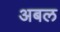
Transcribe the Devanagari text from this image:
अबल